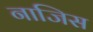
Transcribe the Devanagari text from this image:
नाजिस